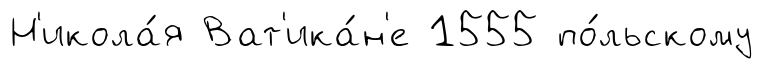
Н'икола́я Ват'ика́н'е 1555 по́льскому